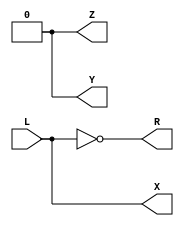
module  celda_ini(   //Definiendo modulo para celda inicial 
    input L,    // Definicin de las entradas del modulo

    output reg X,
    output reg Y,
    output reg R,
    output reg Z);
    
    always @(*) begin
    
    	X = L;
    	Y = 0;
    	R = ~L;
    	Z = 0;
    
    end
endmodule

module  celda_tipi(   //Definiendo modulo para celda tpica.
    input L,          // Definiendo entradas de la celda
    input x,        
    input y,
    input r,
    output reg X,    //Definiendo salidas de la celda
    output reg Y,
    output reg R,
    output reg Z);
    
    always @(*) begin
    
    /*Se define la funcin de interes, 
    por medio operadores de Verilog HDL
    */

    	X = (~x & ~r & L) | (~x & ~y & L);
    	
    	Y = (x & ~y & ~r) | ( ~x & y & r);
    	
    	R = ~L;
    	
    	Z = (~x & y & ~r) | (~x & r & L) & (x & ~y & L);
    end
endmodule

module  celda_final( //Definiendo modulo para celda tpica.
    input x,         //Definiendo las entradas de la celda
    input y,        
    input r,
    input L,
    output reg I,     //Definiendo las salidas de la celda 
    output reg Z);
    
    always @(*) begin
    
    /*Se define la funcin de interes, 
    por medio operadores de Verilog HDL
    */

    	I = (r & ~y) | (y & ~r);
    
    	Z = (x & L) + (r & ~L) + (y & ~r & L);
    	
    end
endmodule